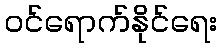
ဝင်ရောက်နိုင်ရေး